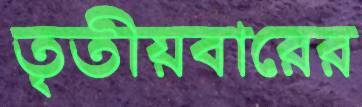
তৃতীয়বারের